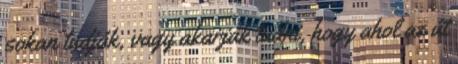
sokan tudják, vagy akarják tudni, hogy ahol az út